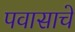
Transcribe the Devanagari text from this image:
पवासाचे